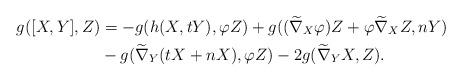
LaTeX: \begin{align*}g([X,Y], Z) &=-g(h(X,tY), \varphi Z)+g((\widetilde\nabla_{X}\varphi) Z+\varphi\widetilde\nabla_{X}Z, nY) \\ &-g(\widetilde\nabla_{Y}(tX+nX), \varphi Z)-2g(\widetilde\nabla_{Y}X, Z).\end{align*}